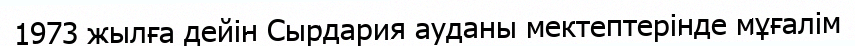
1973 жылға дейін Сырдария ауданы мектептерінде мұғалім